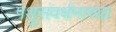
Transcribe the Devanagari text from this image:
पशुसंवर्धनाच्या